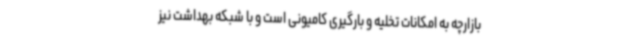
بازارچه به امکانات تخلیه و بارگیری کامیونی است و با شبکه بهداشت نیز